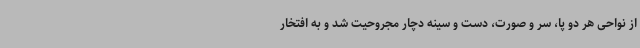
از نواحی هر دو پا، سر و صورت، دست و سینه دچار مجروحیت شد و به افتخار